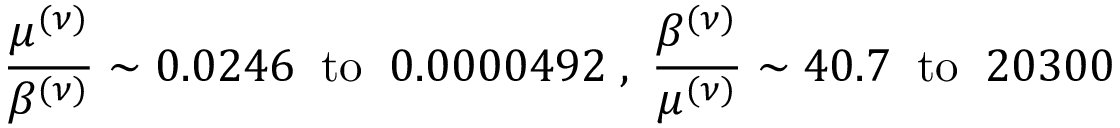
\frac { \mu ^ { ( \nu ) } } { \beta ^ { ( \nu ) } } \sim 0 . 0 2 4 6 \; \; \mathrm { t o } \; \; 0 . 0 0 0 0 4 9 2 \; , \; \frac { \beta ^ { ( \nu ) } } { \mu ^ { ( \nu ) } } \sim 4 0 . 7 \; \; \mathrm { t o } \; \; 2 0 3 0 0